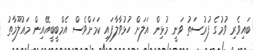
ބައިވެރި ވުމުގެ ފުރުސަތު ވަނީ މުޅިން އަލަށް ހުޅުވާލާފައި ކަމަށްވެސް އެމްބީބީއޭއިން މައުލޫމާތު